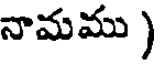
నామము )